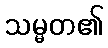
သမ္မတ၏